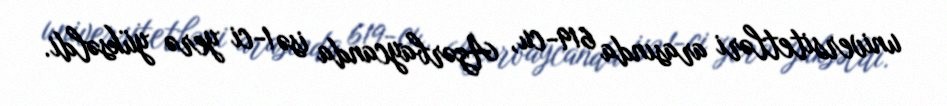
universitetləri arasında 619-cu, Azərbaycanda isə 1-ci yerə yüksəldi.